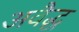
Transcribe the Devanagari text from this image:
अवैद्ध